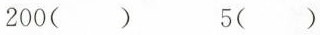
200( ) 5( )